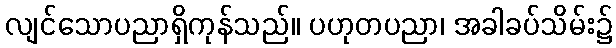
လျင်သောပညာရှိကုန်သည်။ ပဟုတပညာ၊ အခါခပ်သိမ်း၌